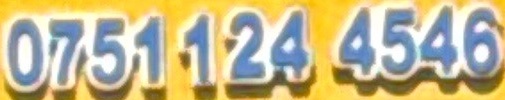
0751 124 4546